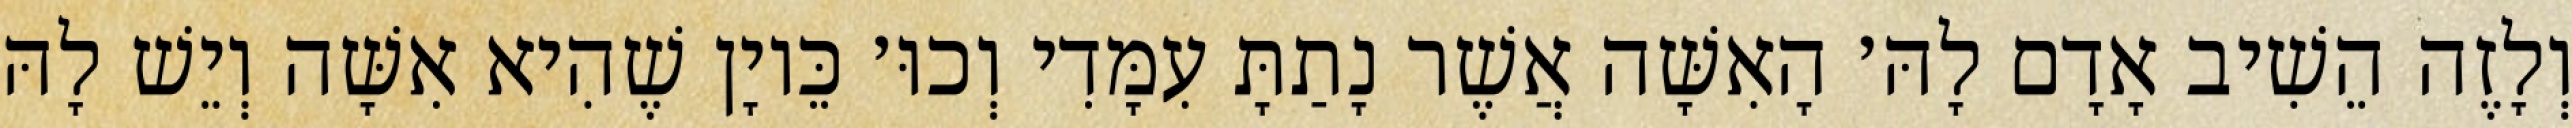
וְלָזֶה הֵשִׁיב אָדָם לָהּ׳ הָאִשָּׁה אֲשֶׁר נָתַתָּ עִמָּדִי וְכוּ׳ כֵּיוָן שֶׁהִיא אִשָּׁה וְיֵשׁ לָהּ